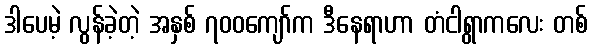
ဒါပေမဲ့ လွန်ခဲ့တဲ့ အနှစ် ၇၀၀ကျော်က ဒီနေရာဟာ တံငါရွာကလေး တစ်